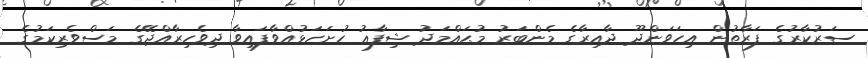
ސަރުކާރުގެ ފަރާތުން އިހަވަންދޫ ދާއިރާގެ މެންބަރު މުޙައްމަދު ޝިފާޢު ހުށަހަޅުއްވާފައިވާ ދިވެހިރާއްޖޭގެ މަސްވެރިކަމުގެ